Leaving Certificate Examination, 1913
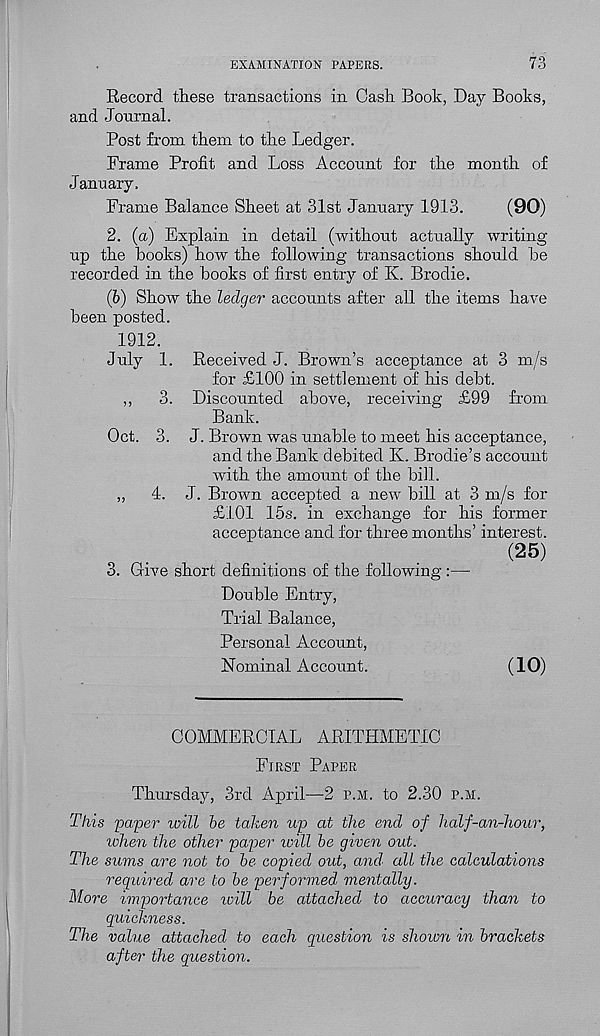
EXAMINATION PAPERS.
73
Record these transactions in Cash Book, Day Books,
and Journal.
Post from them to the Ledger.
Frame Profit and Loss Account for the month of
January.
Frame Balance Sheet at 31st January 1913.
(90)
2. (a) Explain in detail (without actually writing
up the hooks) how the following transactions should he
recorded in the hooks of first entry of K. Brodie.
(b) Show the ledger accounts after all the items have
been posted.
1912.
July 1. Received J. Brown’s acceptance at 3 m/s
for £100 in settlement of his deht.
,,
3. Discounted above, receiving £99 from
Bank.
Oct. 3. J. Brown was unable to meet his acceptance,
and the Bank debited K. Brodie’s account
with the amount of the bill.
„
4. J. Brown accepted a new bill at 3 m/s for
£101 15s. in exchange for his former
acceptance and for three months’ interest.
(25)
3. Give short definitions of the following:—
Double Entry,
Trial Balance,
Personal Account,
Nominal Account.
(10)
COMMERCIAL ARITHMETIC
First Paper
Thursday, 3rd April—2 p.m. to 2.30 p.m.
This paper will be taken up at the end of half-an-hour,
when the other paper loill be given out.
The sums are not to be copied out, and- all the calculations
required are to be performed, mentally.
More importance will be attached to accuracy than to
quickness.
The value attached to each question is shown in brackets
after the question.